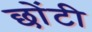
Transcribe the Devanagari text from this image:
छोंटी